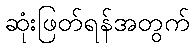
ဆုံးဖြတ်ရန်အတွက်